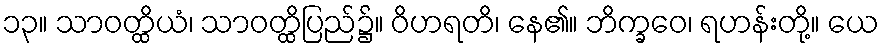
၁၃။ သာဝတ္ထိယံ၊ သာဝတ္ထိပြည်၌။ ဝိဟရတိ၊ နေ၏။ ဘိက္ခဝေ၊ ရဟန်းတို့။ ယေ